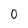
Character: 0